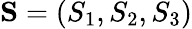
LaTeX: {\mathbf S}=(S_{1},S_{2},S_{3})